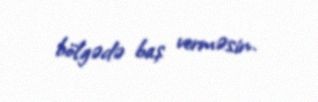
bölgədə baş verməsin.